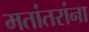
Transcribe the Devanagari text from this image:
मतांतरांना